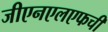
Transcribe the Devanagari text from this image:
जीएनएलएफची